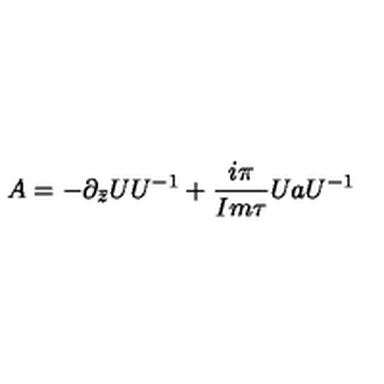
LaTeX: A = - \partial _ { \bar { z } } U U ^ { - 1 } + { \frac { i \pi } { I m \tau } } U a U ^ { - 1 }